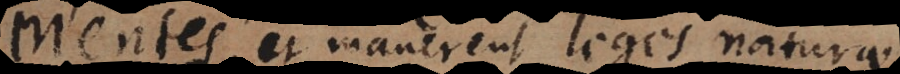
Mentes, et manerent leges naturae,